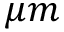
\mu m